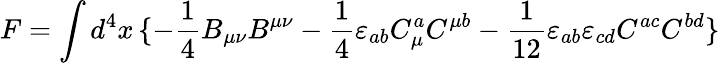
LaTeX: F=\int d^{4}x\, \{ -\frac{1}{4}B_{\mu\nu}B^{\mu\nu}-\frac{1}{4}\varepsilon_{ab}C_{\mu}^{a}C^{\mu b}-\frac{1}{12}\varepsilon_{ab}\varepsilon_{cd}C^{ac}C^{bd}\}